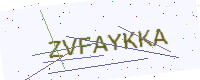
Text: ZVFAYKKA